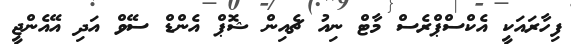
ފިހާރައަކީ އެކްސްޕްރެސް މާޓް ނިއު ޗެއިން ޝޮޕް އެންޑް ސޭވް އަދި އޭއެންޖީ